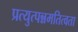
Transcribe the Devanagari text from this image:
प्रत्युत्पन्नमतित्वता